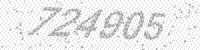
Solution: 724905